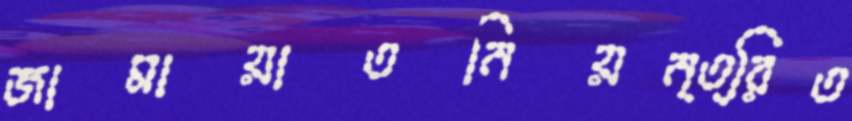
জামায়াতনিয়ন্ত্রিত